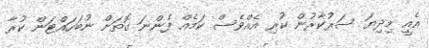
އެއީ މިދިޔަ ސަރުކާރުން ކުރި އެއްވެސް ކަމެއް ފެންނަ ގޮތަށް ނުބަހައްޓަން ކުރާ